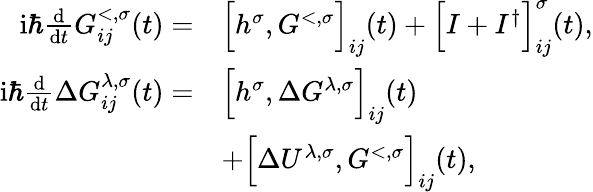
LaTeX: \begin{array}{rl}{\mathrm{i}\hbar\frac{\mathrm{d}}{\mathrm{d}t}G_{ij}^{<,\sigma}(t)=}&{\Big[h^{\sigma},G^{<,\sigma}\Big]_{ij}(t)+\Big[I+I^{\dagger}\Big]_{ij}^{\sigma}(t),}\\ {\mathrm{i}\hbar\frac{\mathrm{d}}{\mathrm{d}t}\Delta G_{ij}^{\lambda,\sigma}(t)=}&{\Big[h^{\sigma},\Delta G^{\lambda,\sigma}\Big]_{ij}(t)}\\ &{+\Big[\Delta U^{\lambda,\sigma},G^{<,\sigma}\Big]_{ij}(t),}\end{array}